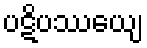
ပဋိပဿေယျ